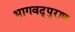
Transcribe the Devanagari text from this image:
भागवद्पुराण